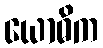
ယောဓိက